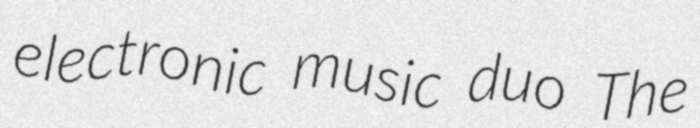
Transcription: electronic music duo The